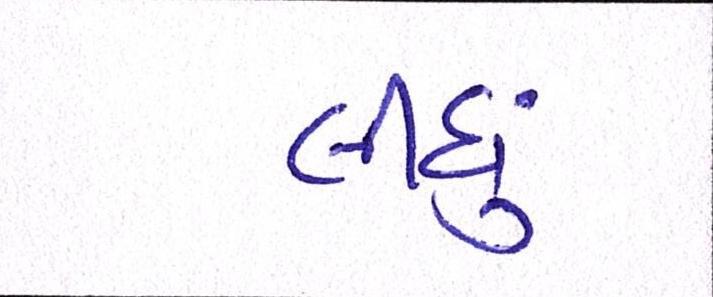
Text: લીઘું